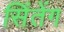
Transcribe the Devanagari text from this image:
सिंतेंग